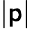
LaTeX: |\mathsf{p}|